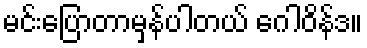
မင်းပြောတာမှန်ပါတယ် ဂေါဝိန်ဒ။